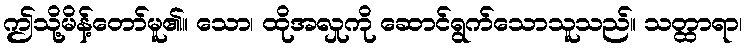
ဤသို့မိန့်တော်မူ၏။ သော၊ ထိုအလှုကို ဆောင်ရွက်သောသူသည်။ သတ္ထာရာ၊